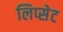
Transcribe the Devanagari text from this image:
लिप्सेट